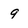
Character: 9